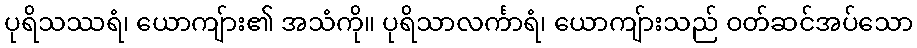
ပုရိသဿရံ၊ ယောကျ်ား၏ အသံကို။ ပုရိသာလင်္ကာရံ၊ ယောကျ်ားသည် ဝတ်ဆင်အပ်သော